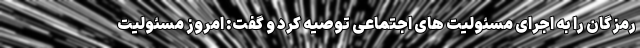
رمزگان را به اجرای مسئولیت های اجتماعی توصیه کرد و گفت: امروز مسئولیت